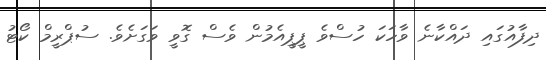
ދިފާއުގައި ދައްކާނެ ވާހަކަ ހުސްވެ ޕީޕީއެމުން ވެސް ގޮވީ ވަގަށެވެ. ސުޕްރީމް ކޯޓު